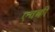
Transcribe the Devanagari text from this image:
एचकी